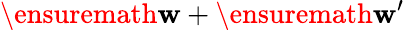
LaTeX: \ensuremath{\mathbf{w}}+\ensuremath{\mathbf{w}^{\prime}}